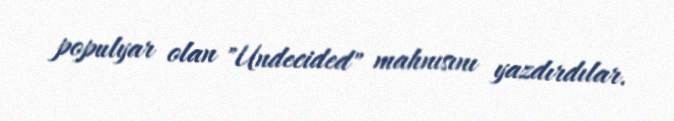
populyar olan "Undecided" mahnısını yazdırdılar.